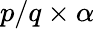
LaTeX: p/q\times\alpha